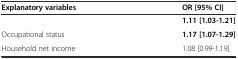
<table><thead><tr><td><b>Explanatory variables</b></td><td><b>OR [95% CI]</b></td></tr></thead><tbody><tr><td>[EMPTY_CELL]</td><td><b>1.11 [1.03-1.21]</b></td></tr><tr><td>Occupational status</td><td><b>1.17 [1.07-1.29]</b></td></tr><tr><td>Household net income</td><td>1.08 [0.99-1.19]</td></tr></tbody></table>